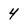
Character: 4